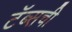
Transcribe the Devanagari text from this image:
टॅब्सची